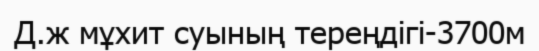
Д.ж мұхит суының тереңдігі-3700м